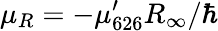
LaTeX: \mu_{R}=-\mu_{626}^{\prime}R_{\infty}/\hbar